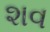
શવ